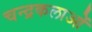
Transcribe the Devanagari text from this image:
चन्द्रकलाओं